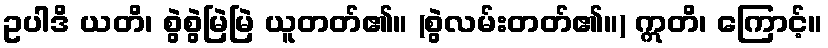
ဥပါဒိ ယတိ၊ စွဲစွဲမြဲမြဲ ယူတတ်၏။ (စွဲလမ်းတတ်၏။) ဣတိ၊ ကြောင့်။